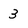
Character: 3